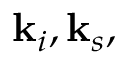
\mathbf { k } _ { i } , \mathbf { k } _ { s } ,